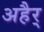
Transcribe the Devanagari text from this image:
अहैर्